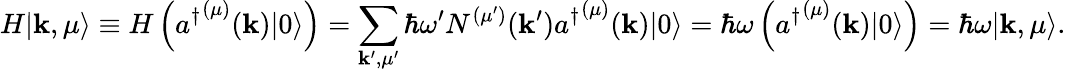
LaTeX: H|\mathbf{k},\mu\rangle\equiv H\left({a^{\dagger}}^{(\mu)}(\mathbf{k})|0\rangle\right)=\sum_{\mathbf{k^{\prime}},\mu^{\prime}}\hbar\omega^{\prime}N^{(\mu^{\prime})}(\mathbf{k}^{\prime}){a^{\dagger}}^{(\mu)}(\mathbf{k})|0\rangle=\hbar\omega\left({a^{\dagger}}^{(\mu)}(\mathbf{k})|0\rangle\right)=\hbar\omega|\mathbf{k},\mu\rangle.